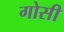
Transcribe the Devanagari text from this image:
गोसी